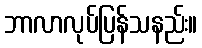
ဘာလာလုပ်ပြန်သနည်း။